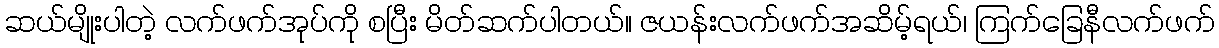
ဆယ်မျိုးပါတဲ့ လက်ဖက်အုပ်ကို စပြီး မိတ်ဆက်ပါတယ်။ ဇယန်းလက်ဖက်အဆိမ့်ရယ်၊ ကြက်ခြေနီလက်ဖက်